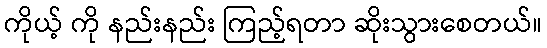
ကိုယ့် ကို နည်းနည်း ကြည့်ရတာ ဆိုးသွားစေတယ်။